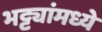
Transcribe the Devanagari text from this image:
भट्ट्यांमध्ये